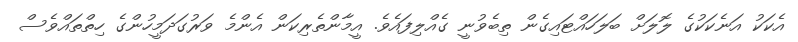
އެކަކު އަނެކަކުގެ ލޮލަށް ބަލަހައްޓައިގެން ތިބެވުނީ ގެއްލިފައެވެ. އީމާންތެރިކަން އެންމެ ވަރުގަދަމީހުންގެ ހިތްތައްވެސް